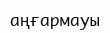
аңғармауы